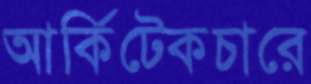
আর্কিটেকচারে